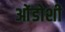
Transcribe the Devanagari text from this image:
ओंडोशी